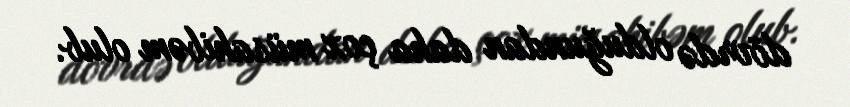
dövrdə olduğundan daha çox müsahibəm olub.